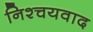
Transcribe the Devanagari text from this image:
निश्चयवाद